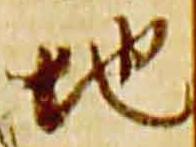
地